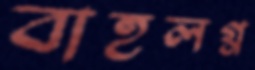
বাহুলগ্ন